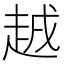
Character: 𧻗